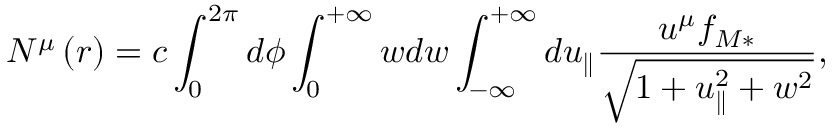
N ^ { \mu } \left( r \right) = c \int _ { 0 } ^ { 2 \pi } d \phi \int _ { 0 } ^ { + \infty } w d w \int _ { - \infty } ^ { + \infty } d u _ { \parallel } \frac { u ^ { \mu } f _ { M \ast } } { \sqrt { 1 + u _ { \parallel } ^ { 2 } + w ^ { 2 } } } ,